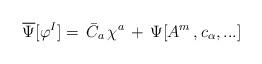
LaTeX: \begin{align*}\overline \Psi [\varphi^I ] =\,\bar C_a\,\chi^a\,+\, \Psi [ A^m\,, c_\alpha , ... ]\end{align*}